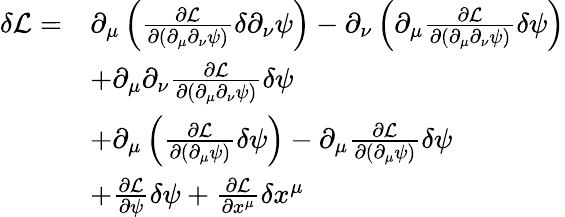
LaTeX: \begin{array}{rl}{\delta\mathcal L=}&{\partial_{\mu}\left(\frac{\partial\mathcal L}{\partial(\partial_{\mu}\partial_{\nu}\psi)}\delta\partial_{\nu}\psi\right)-\partial_{\nu}\left(\partial_{\mu}\frac{\partial\mathcal L}{\partial(\partial_{\mu}\partial_{\nu}\psi)}\delta\psi\right)}\\ &{+\partial_{\mu}\partial_{\nu}\frac{\partial\mathcal L}{\partial(\partial_{\mu}\partial_{\nu}\psi)}\delta\psi}\\ &{+\partial_{\mu}\left(\frac{\partial\mathcal{L}}{\partial(\partial_{\mu}\psi)}\delta\psi\right)-\partial_{\mu}\frac{\partial\mathcal{L}}{\partial(\partial_{\mu}\psi)}\delta\psi}\\ &{+\frac{\partial\mathcal L}{\partial\psi}\delta\psi+\frac{\partial\mathcal L}{\partial x^{\mu}}\delta x^{\mu}}\end{array}